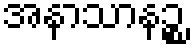
အနာသာနဉ္စ